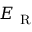
E _ { \mathrm { ~ R ~ } }